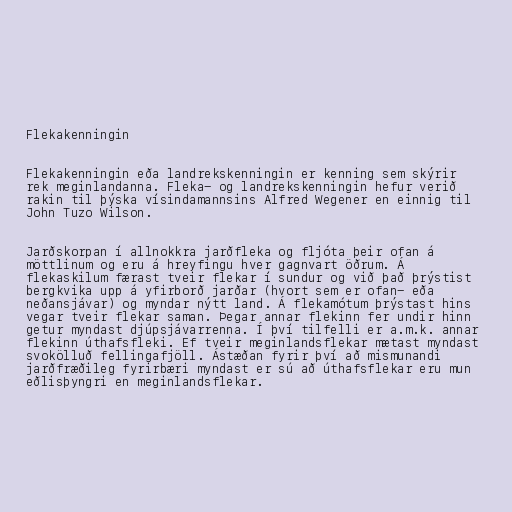
Flekakenningin

Flekakenningin eða landrekskenningin er kenning sem skýrir
rek meginlandanna. Fleka- og landrekskenningin hefur verið
rakin til þýska vísindamannsins Alfred Wegener en einnig til
John Tuzo Wilson.

Jarðskorpan í allnokkra jarðfleka og fljóta þeir ofan á
möttlinum og eru á hreyfingu hver gagnvart öðrum. Á
flekaskilum færast tveir flekar í sundur og við það þrýstist
bergkvika upp á yfirborð jarðar (hvort sem er ofan- eða
neðansjávar) og myndar nýtt land. Á flekamótum þrýstast hins
vegar tveir flekar saman. Þegar annar flekinn fer undir hinn
getur myndast djúpsjávarrenna. Í því tilfelli er a.m.k. annar
flekinn úthafsfleki. Ef tveir meginlandsflekar mætast myndast
svokölluð fellingafjöll. Ástæðan fyrir því að mismunandi
jarðfræðileg fyrirbæri myndast er sú að úthafsflekar eru mun
eðlisþyngri en meginlandsflekar.